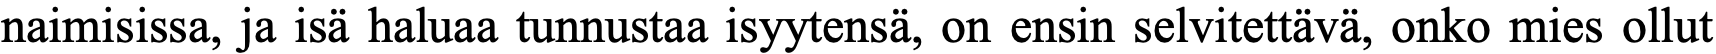
naimisissa, ja isä haluaa tunnustaa isyytensä, on ensin selvitettävä, onko mies ollut